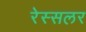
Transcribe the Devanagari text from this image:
रेस्सलर